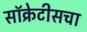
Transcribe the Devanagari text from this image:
सॉक्रेटीसचा